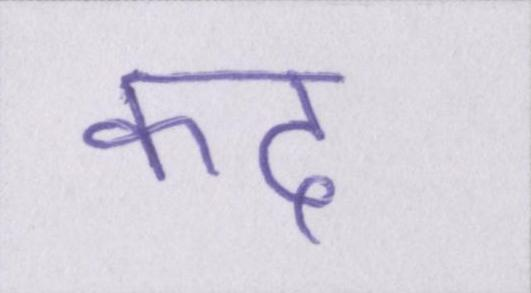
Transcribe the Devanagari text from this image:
कद